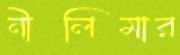
নীলিমার